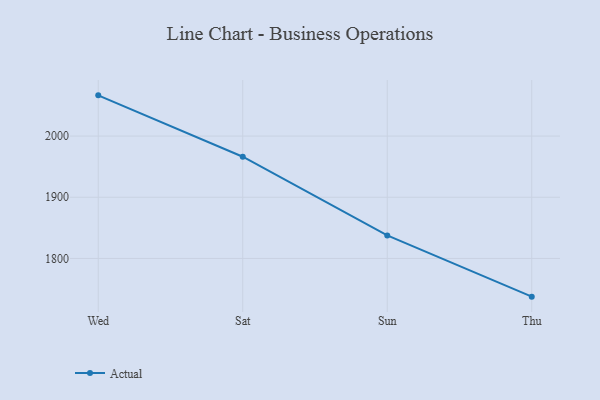
{"axis": {"x": "Day", "y": "Temperature (°C)"}, "legend": ["Actual"], "data": [{"x": "Wed", "y": 2066.5, "type": "Actual"}, {"x": "Sat", "y": 1966.2, "type": "Actual"}, {"x": "Sun", "y": 1837.6, "type": "Actual"}, {"x": "Thu", "y": 1737.6, "type": "Actual"}]}